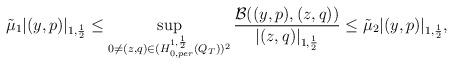
LaTeX: \begin{align*} \tilde \mu_1 |(y,p)|_{1,\frac{1}{2}} \leq \sup_{0 \not= (z,q) \in (H^{1,\frac{1}{2}}_{0,per}(Q_T))^2} \frac{\mathcal{B}((y,p),(z,q))}{|(z,q)|_{1,\frac{1}{2}}} \leq \tilde \mu_2 |(y,p)|_{1,\frac{1}{2}}, \end{align*}